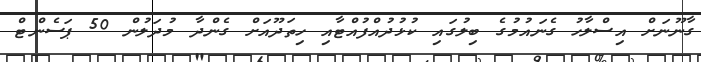
ގާނޫނަށް އިސްލާހު ގެނައުމުގެ ބިލުގައި ކުޅުދުއްފުއްޓާއި ހިތަދޫއަށް ގެންދާ މުދަލުން 50 ޕަސެންޓް